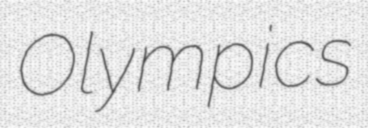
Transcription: Olympics